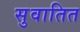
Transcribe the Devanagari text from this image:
सुवातित